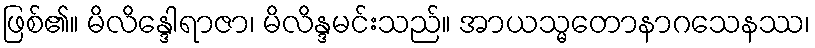
ဖြစ်၏။ မိလိန္ဒေါရာဇာ၊ မိလိန္ဒမင်းသည်။ အာယသ္မတောနာဂသေနဿ၊